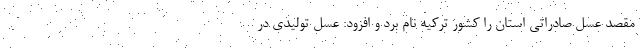
مقصد عسل صادراتی استان را کشور ترکیه نام برد و افزود: عسل تولیدی در